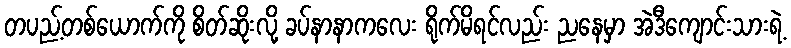
တပည့်တစ်ယောက်ကို စိတ်ဆိုးလို့ ခပ်နာနာကလေး ရိုက်မိရင်လည်း ညနေမှာ အဲဒီကျောင်းသားရဲ့